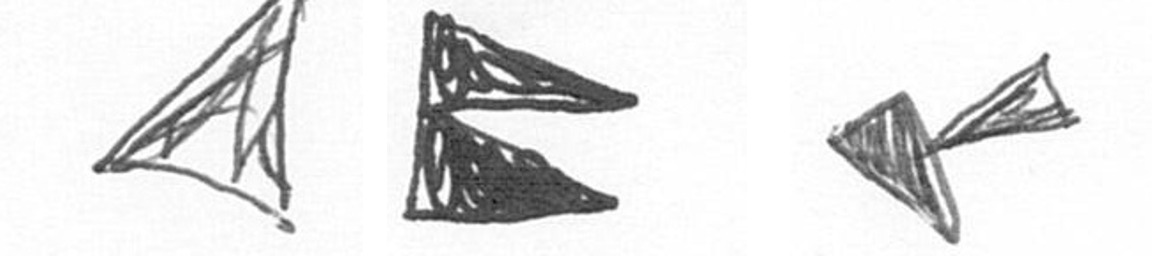
O P F